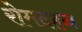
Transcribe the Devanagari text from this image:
रोमदहन